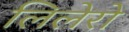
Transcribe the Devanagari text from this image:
लिलेरो